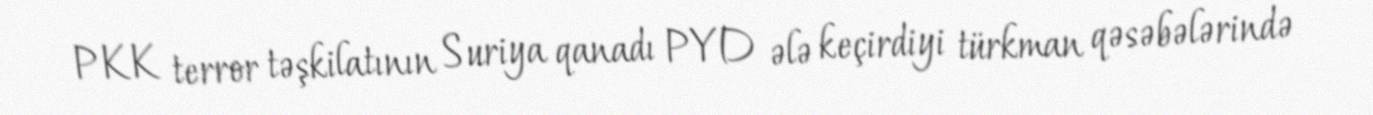
PKK terror təşkilatının Suriya qanadı PYD ələ keçirdiyi türkman qəsəbələrində